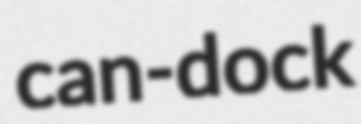
can-dock